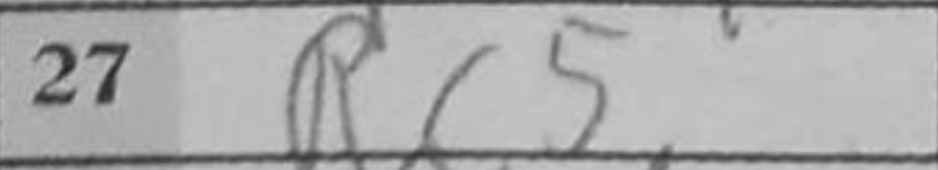
Transcription: Rc5